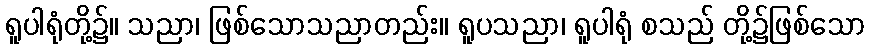
ရူပါရုံတို့၌။ သညာ၊ ဖြစ်သောသညာတည်း။ ရူပသညာ၊ ရူပါရုံ စသည် တို့၌ဖြစ်သော